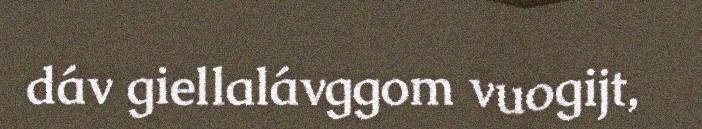
dáv giellalávggom vuogijt,